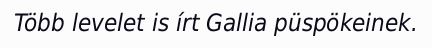
Több levelet is írt Gallia püspökeinek.